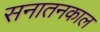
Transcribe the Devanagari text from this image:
सनातनकाल